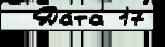
  Да́та 17